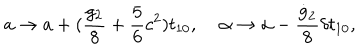
LaTeX: a \rightarrow a + ( \frac { g _ { 2 } } { 8 } + \frac { 5 } { 6 } c ^ { 2 } ) t _ { 1 0 } , \; \alpha \rightarrow \alpha - \frac { \dot { g } _ { 2 } } { 8 } \delta t _ { 1 0 } ,